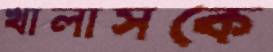
খালাসকে